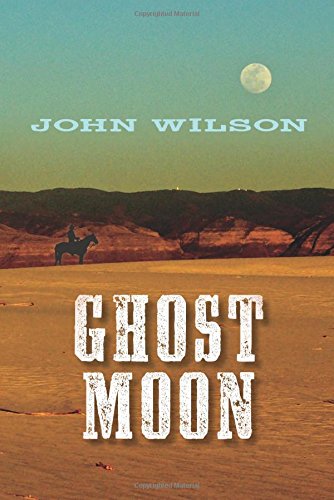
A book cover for Ghost Moon (The Desert Legend Trilogy); John Wilson; Teen & Young Adult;